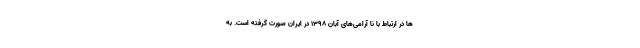
ها در ارتباط با نا آرامی‌های آبان ۱۳۹۸ در ایران صورت گرفته است. به